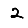
Digit: 2